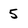
Character: 5